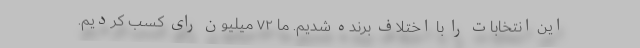
این انتخابات را با اختلاف برنده شدیم. ما ۷۲ میلیون رای کسب کردیم.